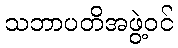
သဘာပတိအဖွဲ့ဝင်